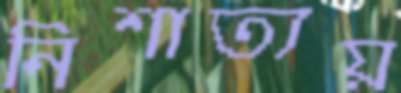
নিশাত্যয়